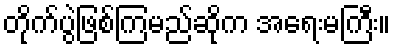
တိုက်ပွဲဖြစ်ကြမည်ဆိုက အရေးမကြီး။